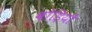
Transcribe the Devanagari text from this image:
बोड़ियों